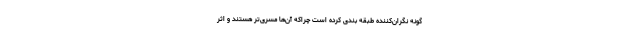
گونه نگران‌کننده طبقه بندی کرده است چراکه آن‌ها مسری‌تر هستند و اثر